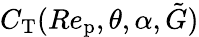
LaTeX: C_{\textup{T}}(Re_{\textup{p}},\theta,\alpha,\tilde{G})